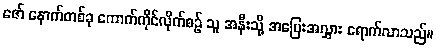
ဇော် နောက်တစ်ခု ကောက်ကိုင်လိုက်စဉ် သူ အနီးသို့ အပြေးအလွှား ရောက်လာသည်။